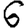
Digit: 6